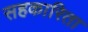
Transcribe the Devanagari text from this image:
सहकारिता